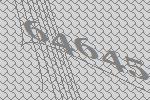
64645